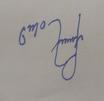
Signature authenticity: forged